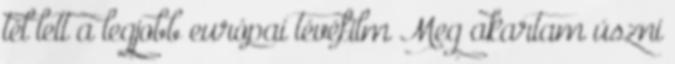
tél lett a legjobb európai tévéfilm Meg akartam úszni